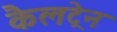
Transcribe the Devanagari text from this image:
कैलट्रेन